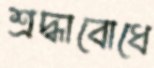
শ্রদ্ধাবোধে